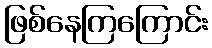
ဖြစ်နေကြကြောင်း